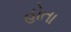
હોતા